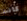
كانت